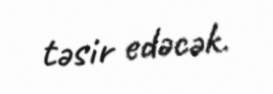
təsir edəcək.